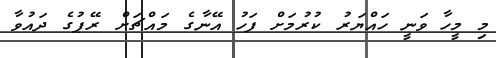
މި މީހާ ވަނީ ހައްޔަރު ކުރުމަށް ފަހު އޭނާގެ މައްޗަށް ރޭޕުގެ ދައުވާ